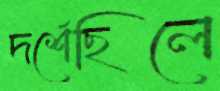
দর্শেছিলে